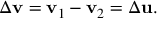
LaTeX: \Delta \mathbf { v } = \mathbf { v } _ { 1 } - \mathbf { v } _ { 2 } = \Delta \mathbf { u } .